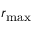
r _ { \mathrm { m a x } }